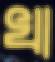
খা